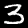
Label: 3